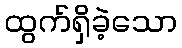
ထွက်ရှိခဲ့သော